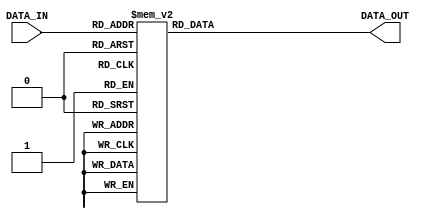
module decoder_3to8(
	input [2:0] DATA_IN,
	output reg [7:0] DATA_OUT
);
	always @(DATA_IN) begin
		case (DATA_IN)
			3'b000:DATA_OUT<=8'b00_000_001 ;
			3'b001:DATA_OUT<=8'b00_000_010 ;
			3'b010:DATA_OUT<=8'b00_000_100 ;
			3'b011:DATA_OUT<=8'b00_001_000 ;
			3'b100:DATA_OUT<=8'b00_010_000 ;
			3'b101:DATA_OUT<=8'b00_100_000 ;
			3'b110:DATA_OUT<=8'b01_000_000 ;
			3'b111:DATA_OUT<=8'b10_000_000 ;
			default: DATA_OUT<=8'b00_000_000 ;
		endcase
	end
endmodule